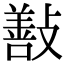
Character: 㪨